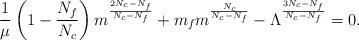
LaTeX: \begin{align*}\frac{1}{\mu}\left(1-\frac{N_{f}}{N_{c}}\right)m^{\frac{2N_{c}-N_{f}}{N_{c}-N_{f}}}+m_{f}m^{\frac{N_{c}}{N_{c}-N_{f}}}-\Lambda^{\frac{3N_{c}-N_{f}}{N_{c}-N_{f}}}=0.\end{align*}